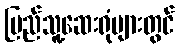
ပြည်သူ့ဆေးရုံများတွင်